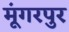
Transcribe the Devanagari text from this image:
मूंगरपुर